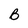
Character: B